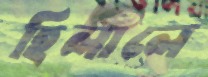
হিলালে